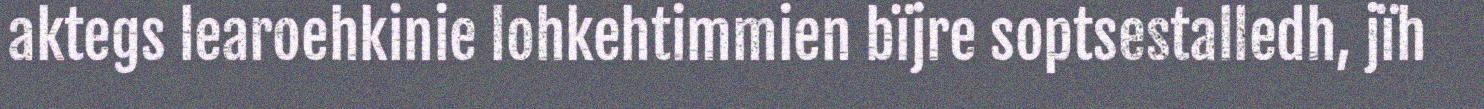
aktegs learoehkinie lohkehtimmien bïjre soptsestalledh, jïh